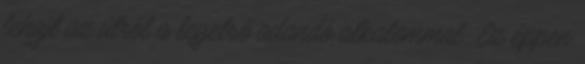
lehajt az útról a legelső adandó alkalommal. Ez éppen